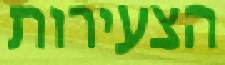
הצעירות